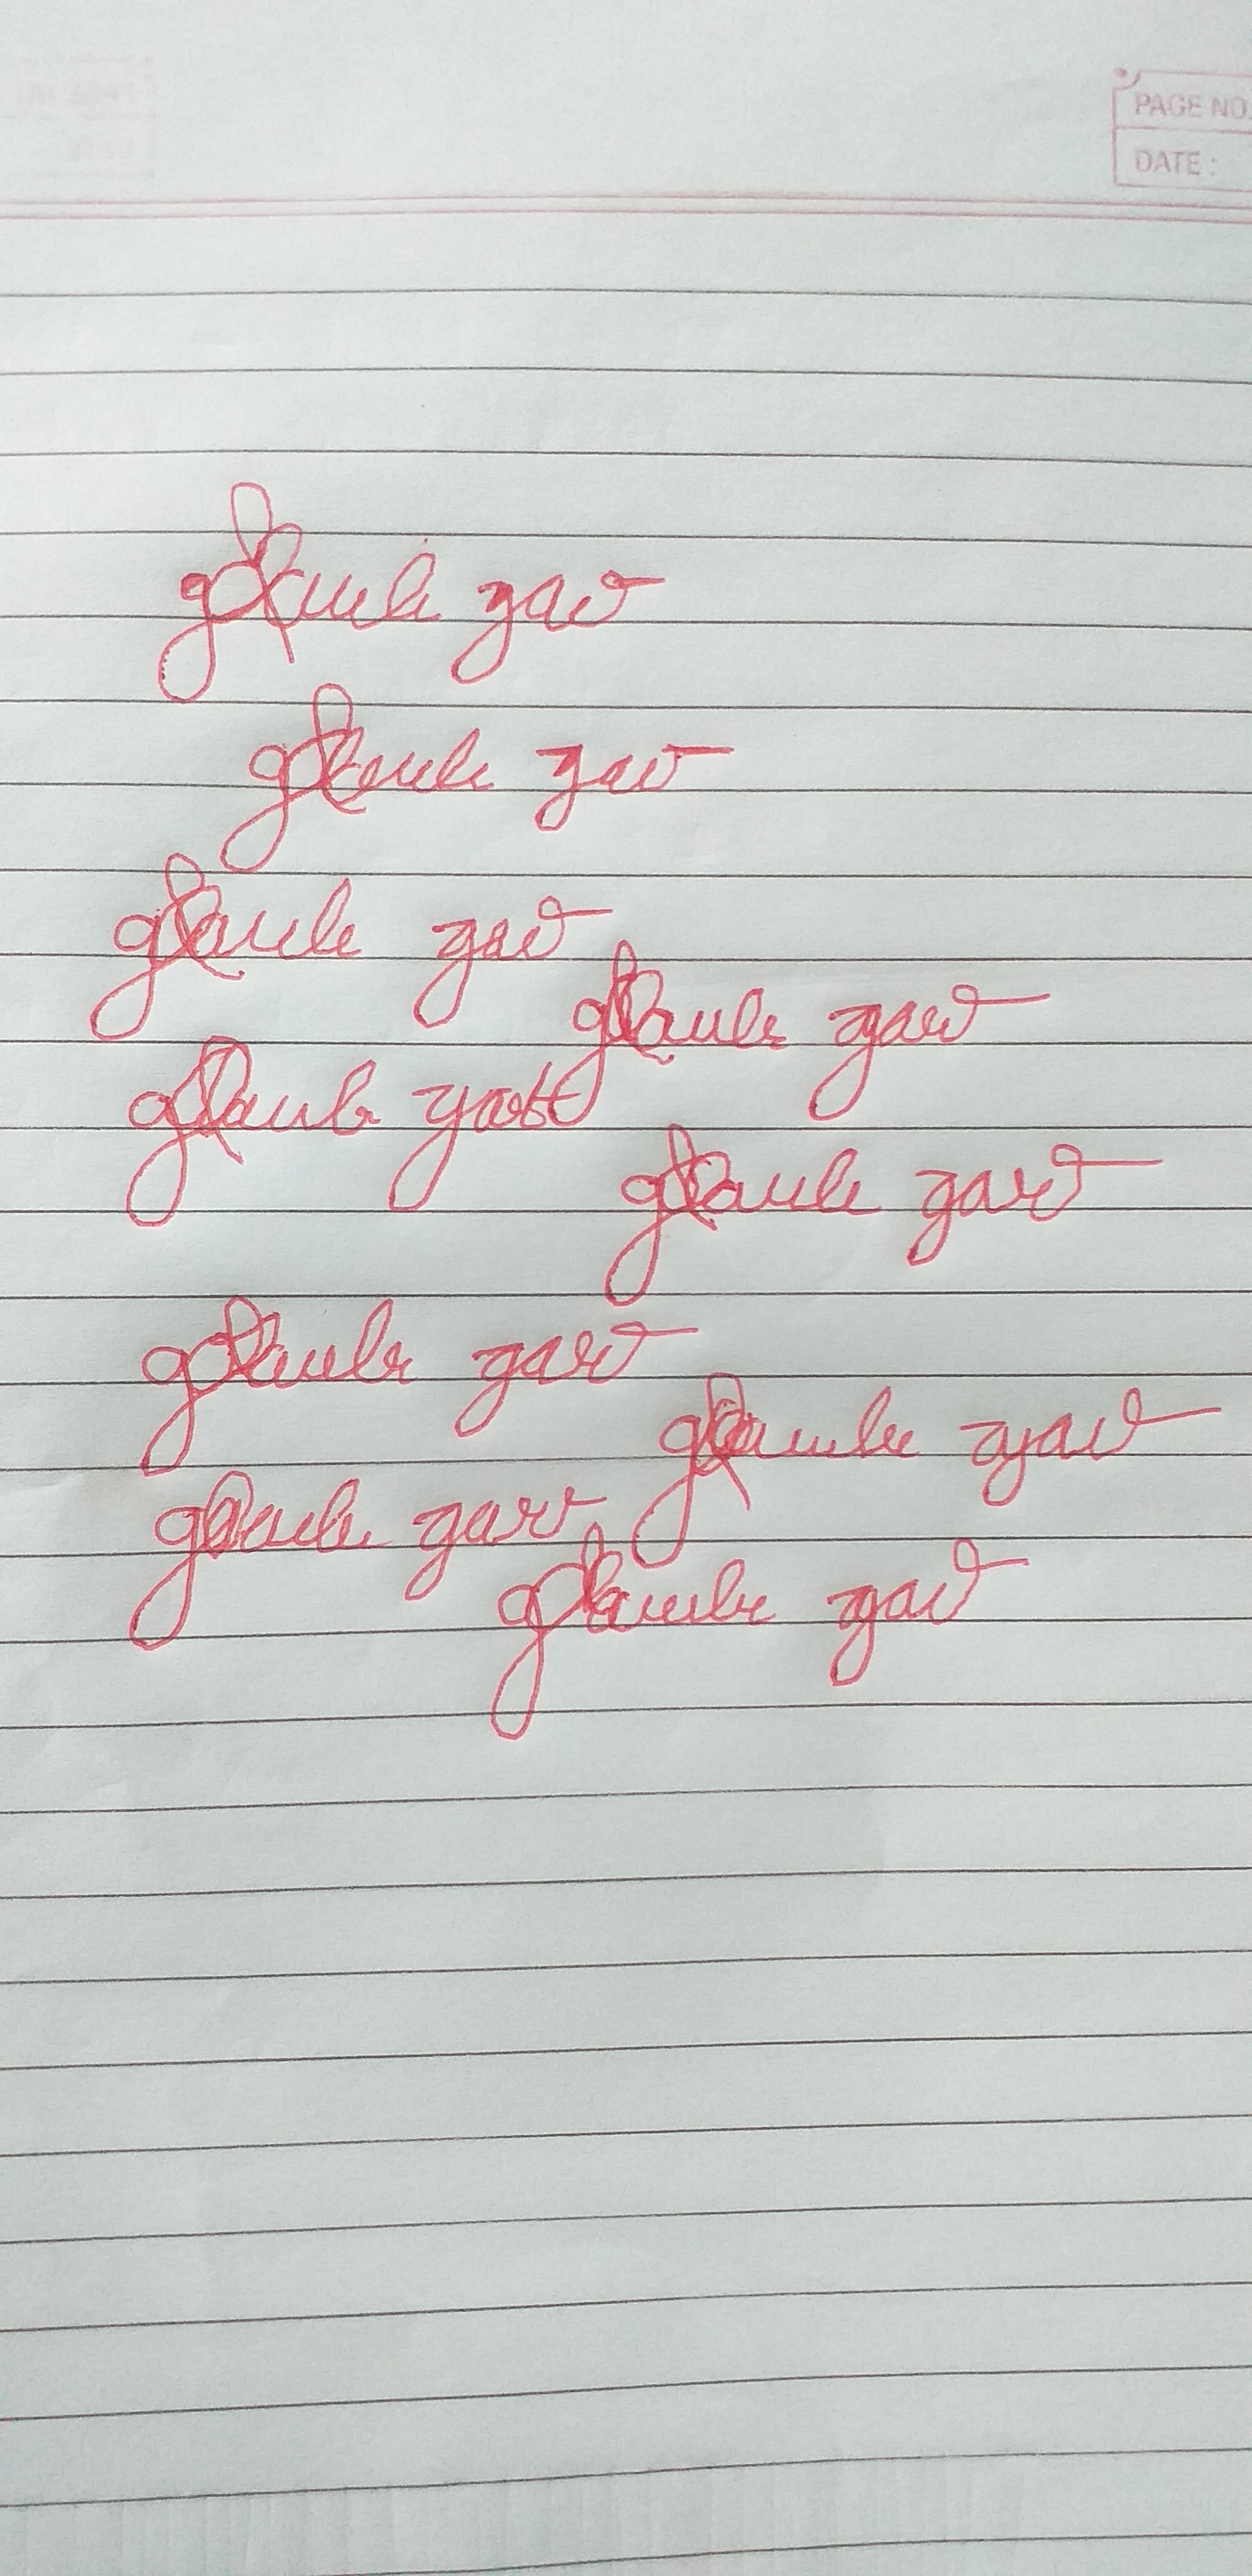
Signature authenticity: forged